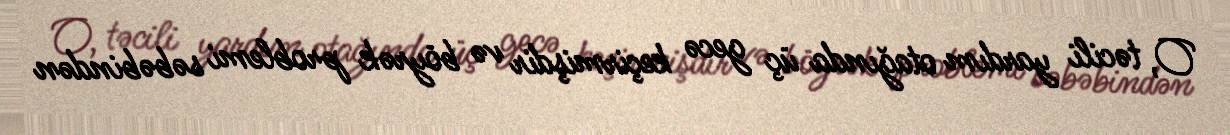
O, təcili yardım otağında üç gecə keçirmişdir və böyrək problemi səbəbindən